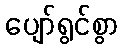
ပျော်ရွင်စွာ